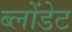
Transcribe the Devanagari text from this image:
ब्लोंडेट